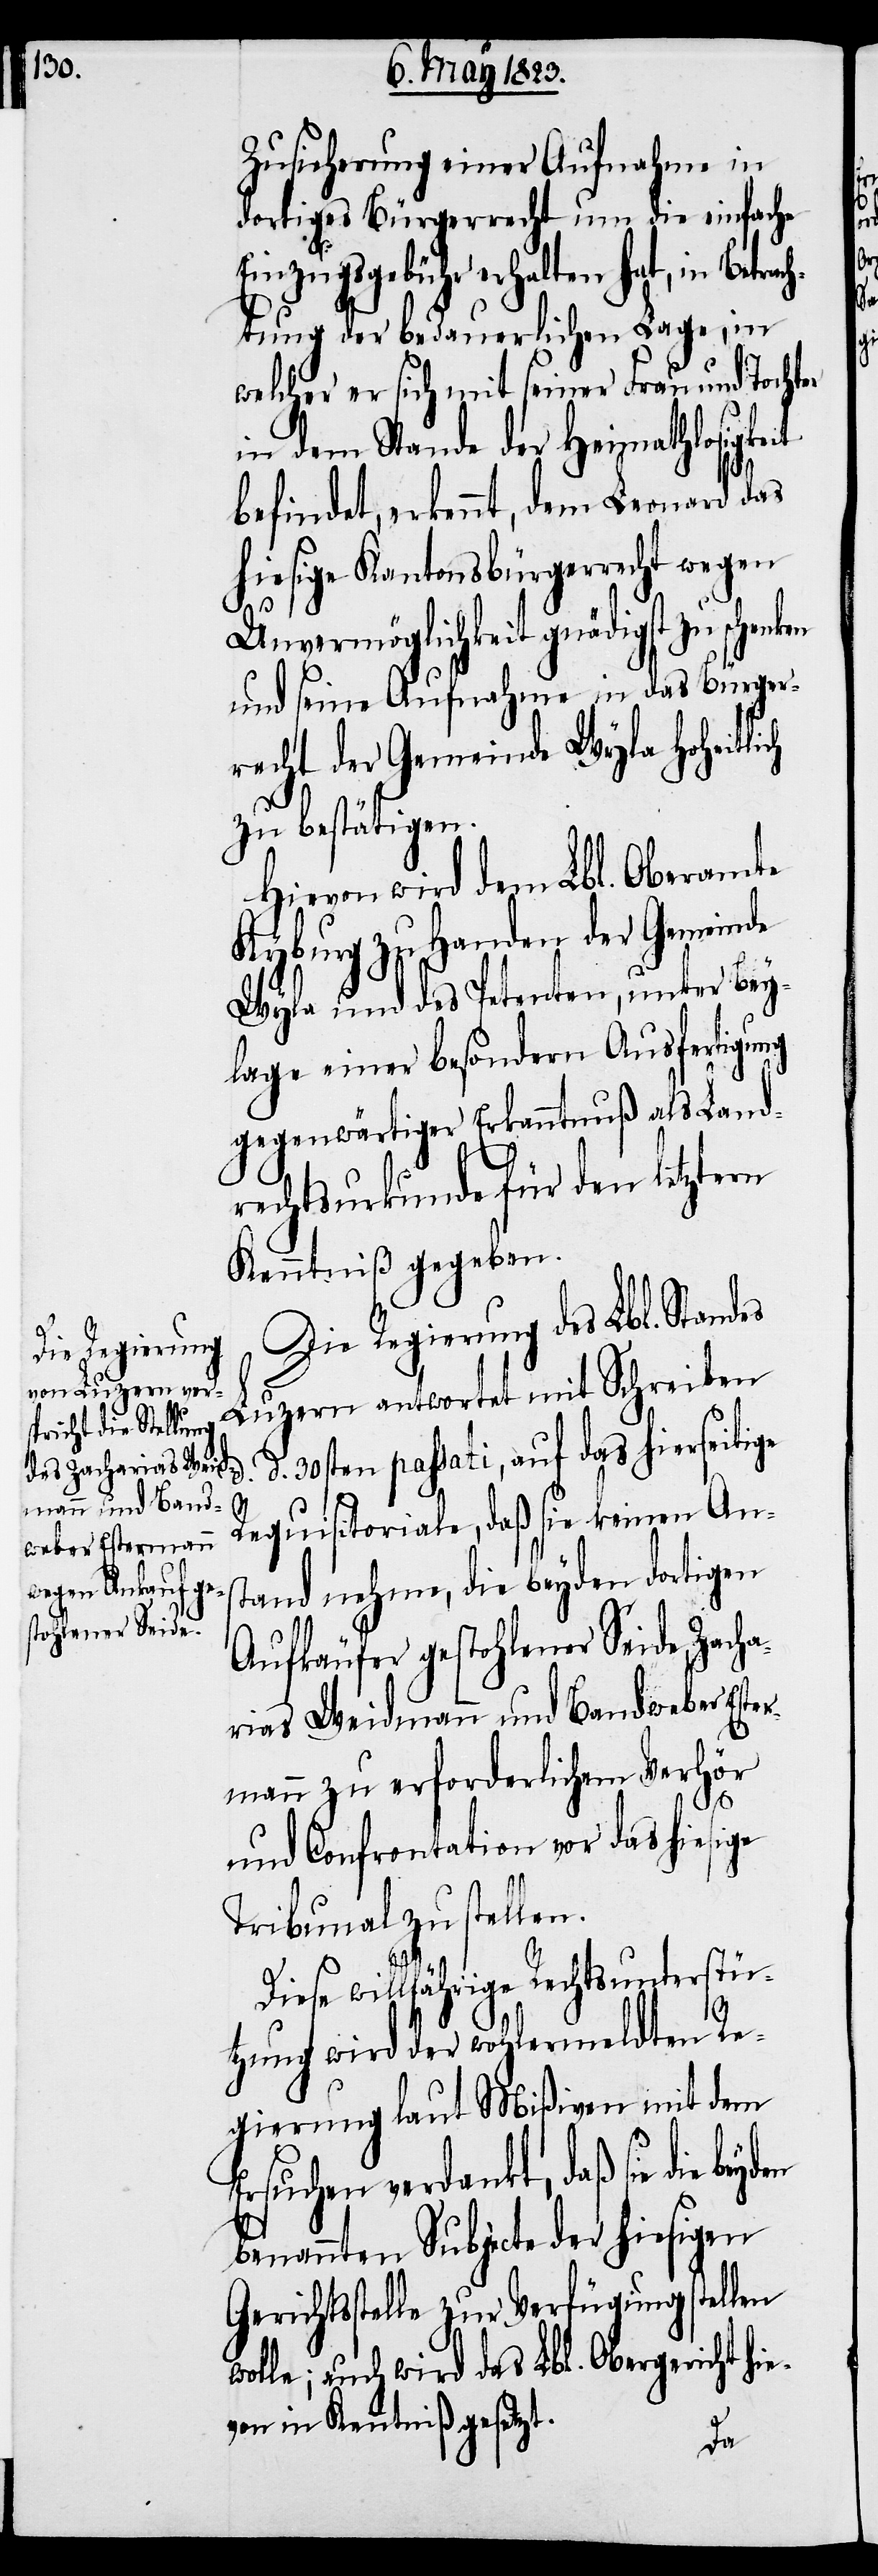
Zusicherung einer Aufnahme in
dortiges Bürgerrecht um die einfache
Einzugsgebühr erhalten hat, in Betrac¬
htung der bedauerlichen Lage, in
welcher er sich mit seiner Frau und Tochter
in dem Stande der Heimathlosigkeit
befindet, erkennt, dem Leonard das
hiesige Kantonsbürgerrecht wegen
Unvermöglichkeit gnädigst zu schenken
und seine Aufnahme in das Bürger¬
recht der Gemeinde Wyla hoheitlich
zu bestätigen.
Hievon wird dem Lbl. Oberamte
Kyburg zu Handen der Gemeinde
Wyla und des Petenten, unter Bey¬
lage einer besondern Ausfertigung
gegenwärtiger Erkanntnuß als Land¬
rechtsurkunde für den letztern
Kenntniß gegeben.
Die Regierung des Lbl. Standes
Luzern antwortet mit Schreiben
d. 30sten passati, auf das hierseitige
Requisitoriale, daß sie keinen Ans¬
tand nehme, die beyden dortigen
Aufkäufer gestohlener Seide, Zach¬
arias Weidmann und Bandweber Este¬
rmann zu erforderlichem Verhör
d.
und Confrontation vor das hiesige
Tribunal zu stellen.
willfährige Rechtsunterstü¬
tzung wird der wohlermeldten Re¬
gierung laut Mißiven mit dem
Ersuchen verdankt, daß sie die
benannten Subjecte der hiesigen
Gerichtsstelle zur Verfügung stellen
wolle; auch wird das Lbl. Obergericht hi¬
evon in Kenntniß gesetzt.